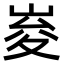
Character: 𭖨